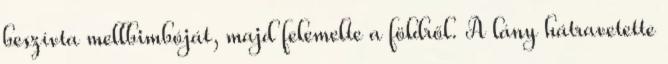
beszívta mellbimbóját, majd felemelte a földről. A lány hátravetette